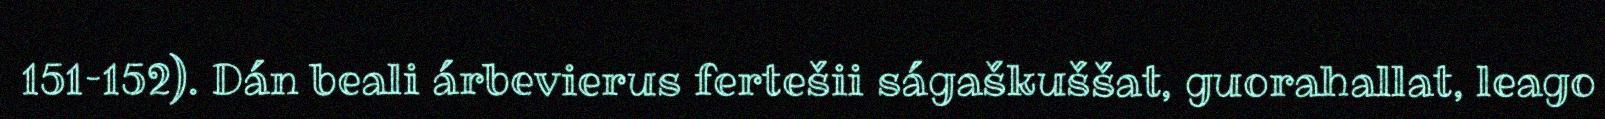
151–152). Dán beali árbevierus fertešii ságaškuššat, guorahallat, leago